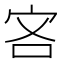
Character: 𫲾